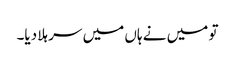
تو میں نے ہاں میں سر ہلا دیا۔